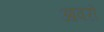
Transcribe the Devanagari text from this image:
आवरों